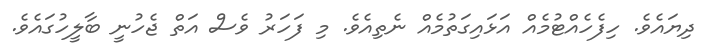
ދިޔައެވެ. ހިފެހެއްޓުމެއް އަޅައިގަތުމެއް ނެތިއެވެ. މި ފަހަރު ވެސް އަތް ޖެހުނީ ބާލީހުގައެވެ.